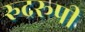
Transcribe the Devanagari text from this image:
रुद्ररूपी